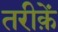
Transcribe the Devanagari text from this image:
तरीक़ें